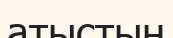
атыстың